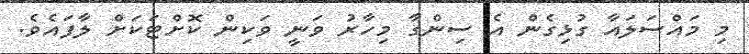
މި މައްސަލައާ ގުޅިގެން އެ ސިންގާ މިހާރު ވަނީ ވަކިން ކޮށްޓަކަށް ލާފައެވެ.